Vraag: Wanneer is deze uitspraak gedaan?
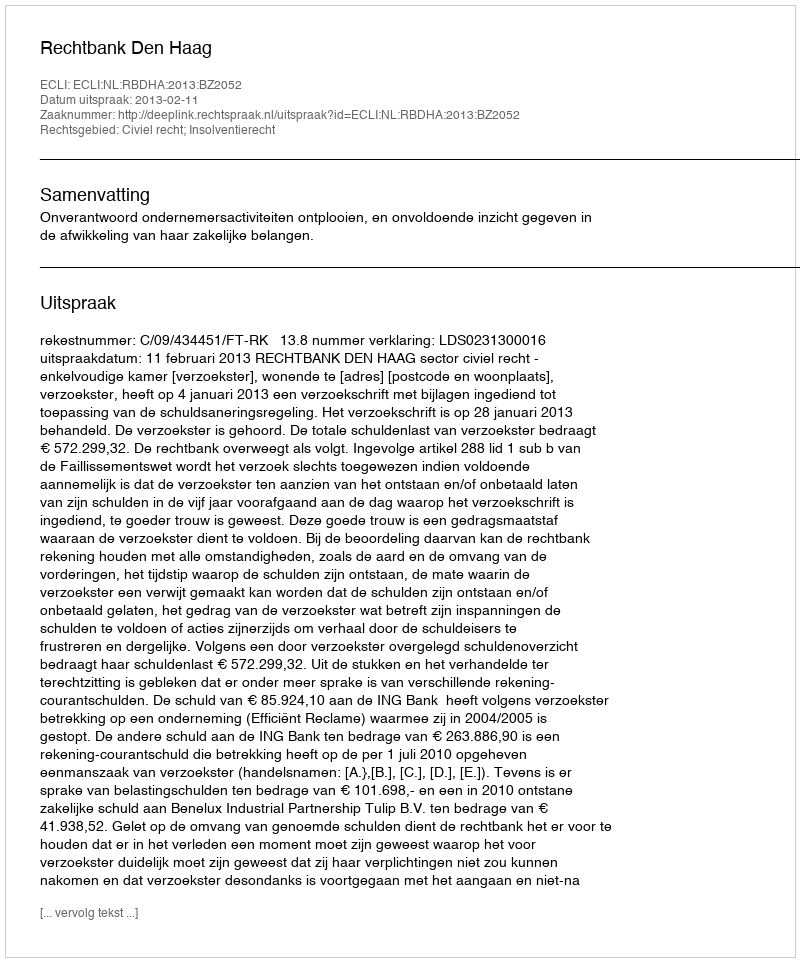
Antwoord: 2013-02-11